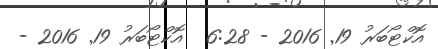
އޮކްޓޯބަރު 19